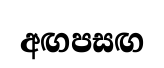
අඟපසඟ